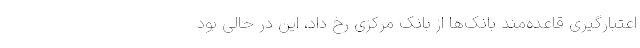
اعتبارگیری قاعده‌مند بانک‌ها از بانک مرکزی رخ داد، این در حالی بود